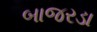
બાજરડા